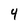
Character: 4